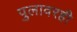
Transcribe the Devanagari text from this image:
पुलावरही